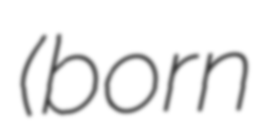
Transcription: (born